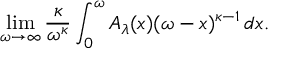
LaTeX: \operatorname* { l i m } _ { \omega \rightarrow \infty } { \frac { \kappa } { \omega ^ { \kappa } } } \int _ { 0 } ^ { \omega } A _ { \lambda } ( x ) ( \omega - x ) ^ { \kappa - 1 } \, d x .